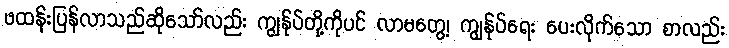
ဖထန်းပြန်လာသည်ဆိုသော်လည်း ကျွန်ုပ်တို့ကိုပင် လာမတွေ့၊ ကျွန်ုပ်ရေး ပေးလိုက်သော စာလည်း